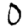
Digit: 0